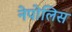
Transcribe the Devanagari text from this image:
नेपोलिस